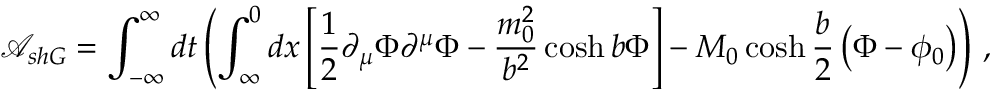
\mathcal { A } _ { s h G } = \int _ { - \infty } ^ { \infty } d t \left( \int _ { \infty } ^ { 0 } d x \left[ \frac { 1 } { 2 } \partial _ { \mu } \Phi \partial ^ { \mu } \Phi - \frac { m _ { 0 } ^ { 2 } } { b ^ { 2 } } \cosh b \Phi \right] - M _ { 0 } \cosh \frac { b } { 2 } \left( \Phi - \phi _ { 0 } \right) \right) \, ,